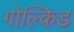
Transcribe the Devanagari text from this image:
गोल्किड